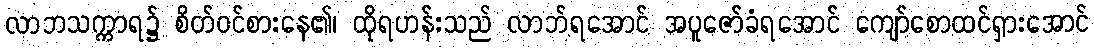
လာဘသက္ကာရ၌ စိတ်ဝင်စားနေ၏၊ ထိုရဟန်းသည် လာဘ်ရအောင် အပူဇော်ခံရအောင် ကျော်စောထင်ရှားအောင်